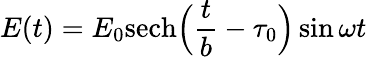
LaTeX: E(t)=E_{0}\mathrm{sech}\Big(\frac{t}{b}-\tau_{0}\Big)\sin{\omega t}